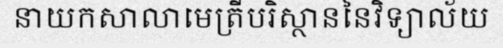
នាយកសាលាមេត្រីបរិស្ថាននៃវិទ្យាល័យ